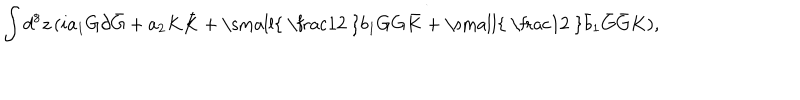
\int d ^ { 8 } z \, ( i a _ { 1 } G \partial \bar { G } + a _ { 2 } K \bar { K } + { \mathrm { \small { ~ \frac 1 2 ~ } } } b _ { 1 } G G \bar { K } + { \mathrm { \small { ~ \frac 1 2 ~ } } } \bar { b } _ { 1 } \bar { G } \bar { G } K ) ,